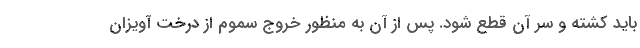
باید کشته و سر آن قطع شود. پس از آن به منظور خروج سموم از درخت آویزان